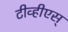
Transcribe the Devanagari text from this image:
टीव्हीएस्